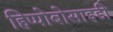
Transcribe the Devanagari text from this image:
हिप्पोबोसाइडी